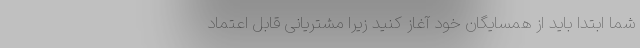
شما ابتدا باید از همسایگان خود آغاز کنید زیرا مشتریانی قابل اعتماد